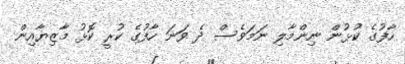
ހާފުގެ ކުޅުން ނިންމާލި ނަމަވެސް ދެ ވަނަ ހާފުގެ ކުރީ ކޮޅު މާޒިޔާއިން